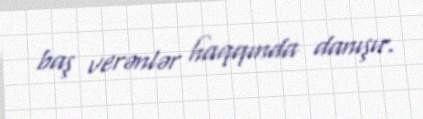
baş verənlər haqqında danışır.